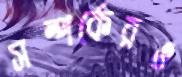
সম্পর্কেরও